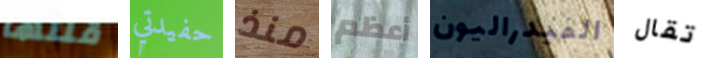
قلتها حفيدتي منذ أعظم الفيدراليون تقال